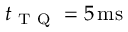
t _ { \mathrm { ~ T ~ Q ~ } } = 5 \ensuremath { \, \mathrm { m s } }